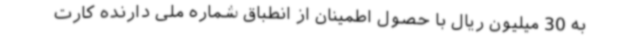
به 30 میلیون ریال با حصول اطمینان از انطباق شماره ملی دارنده کارت